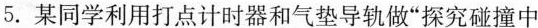
5.某同学利用打点计时器和气垫导轨做”探究碰撞中